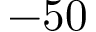
- 5 0